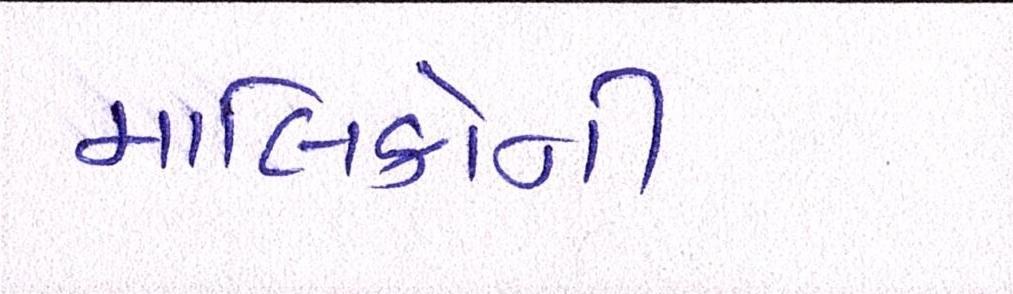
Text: માલિકોની